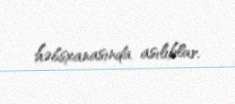
həbsxanasında asılıblar.